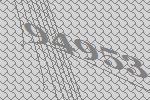
94953